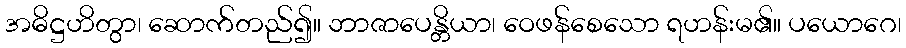
အဓိဋ္ဌဟိတွာ၊ ဆောက်တည်၍။ ဘာဇာပေန္တိယာ၊ ဝေဖန်စေသော ရဟန်းမ၏။ ပယောဂေ၊